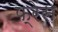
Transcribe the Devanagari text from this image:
फ्रेंस